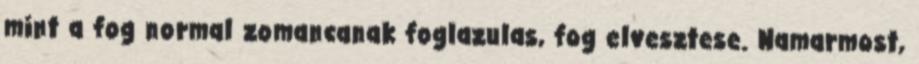
mint a fog normal zomancanak foglazulas, fog elvesztese. Namarmost,